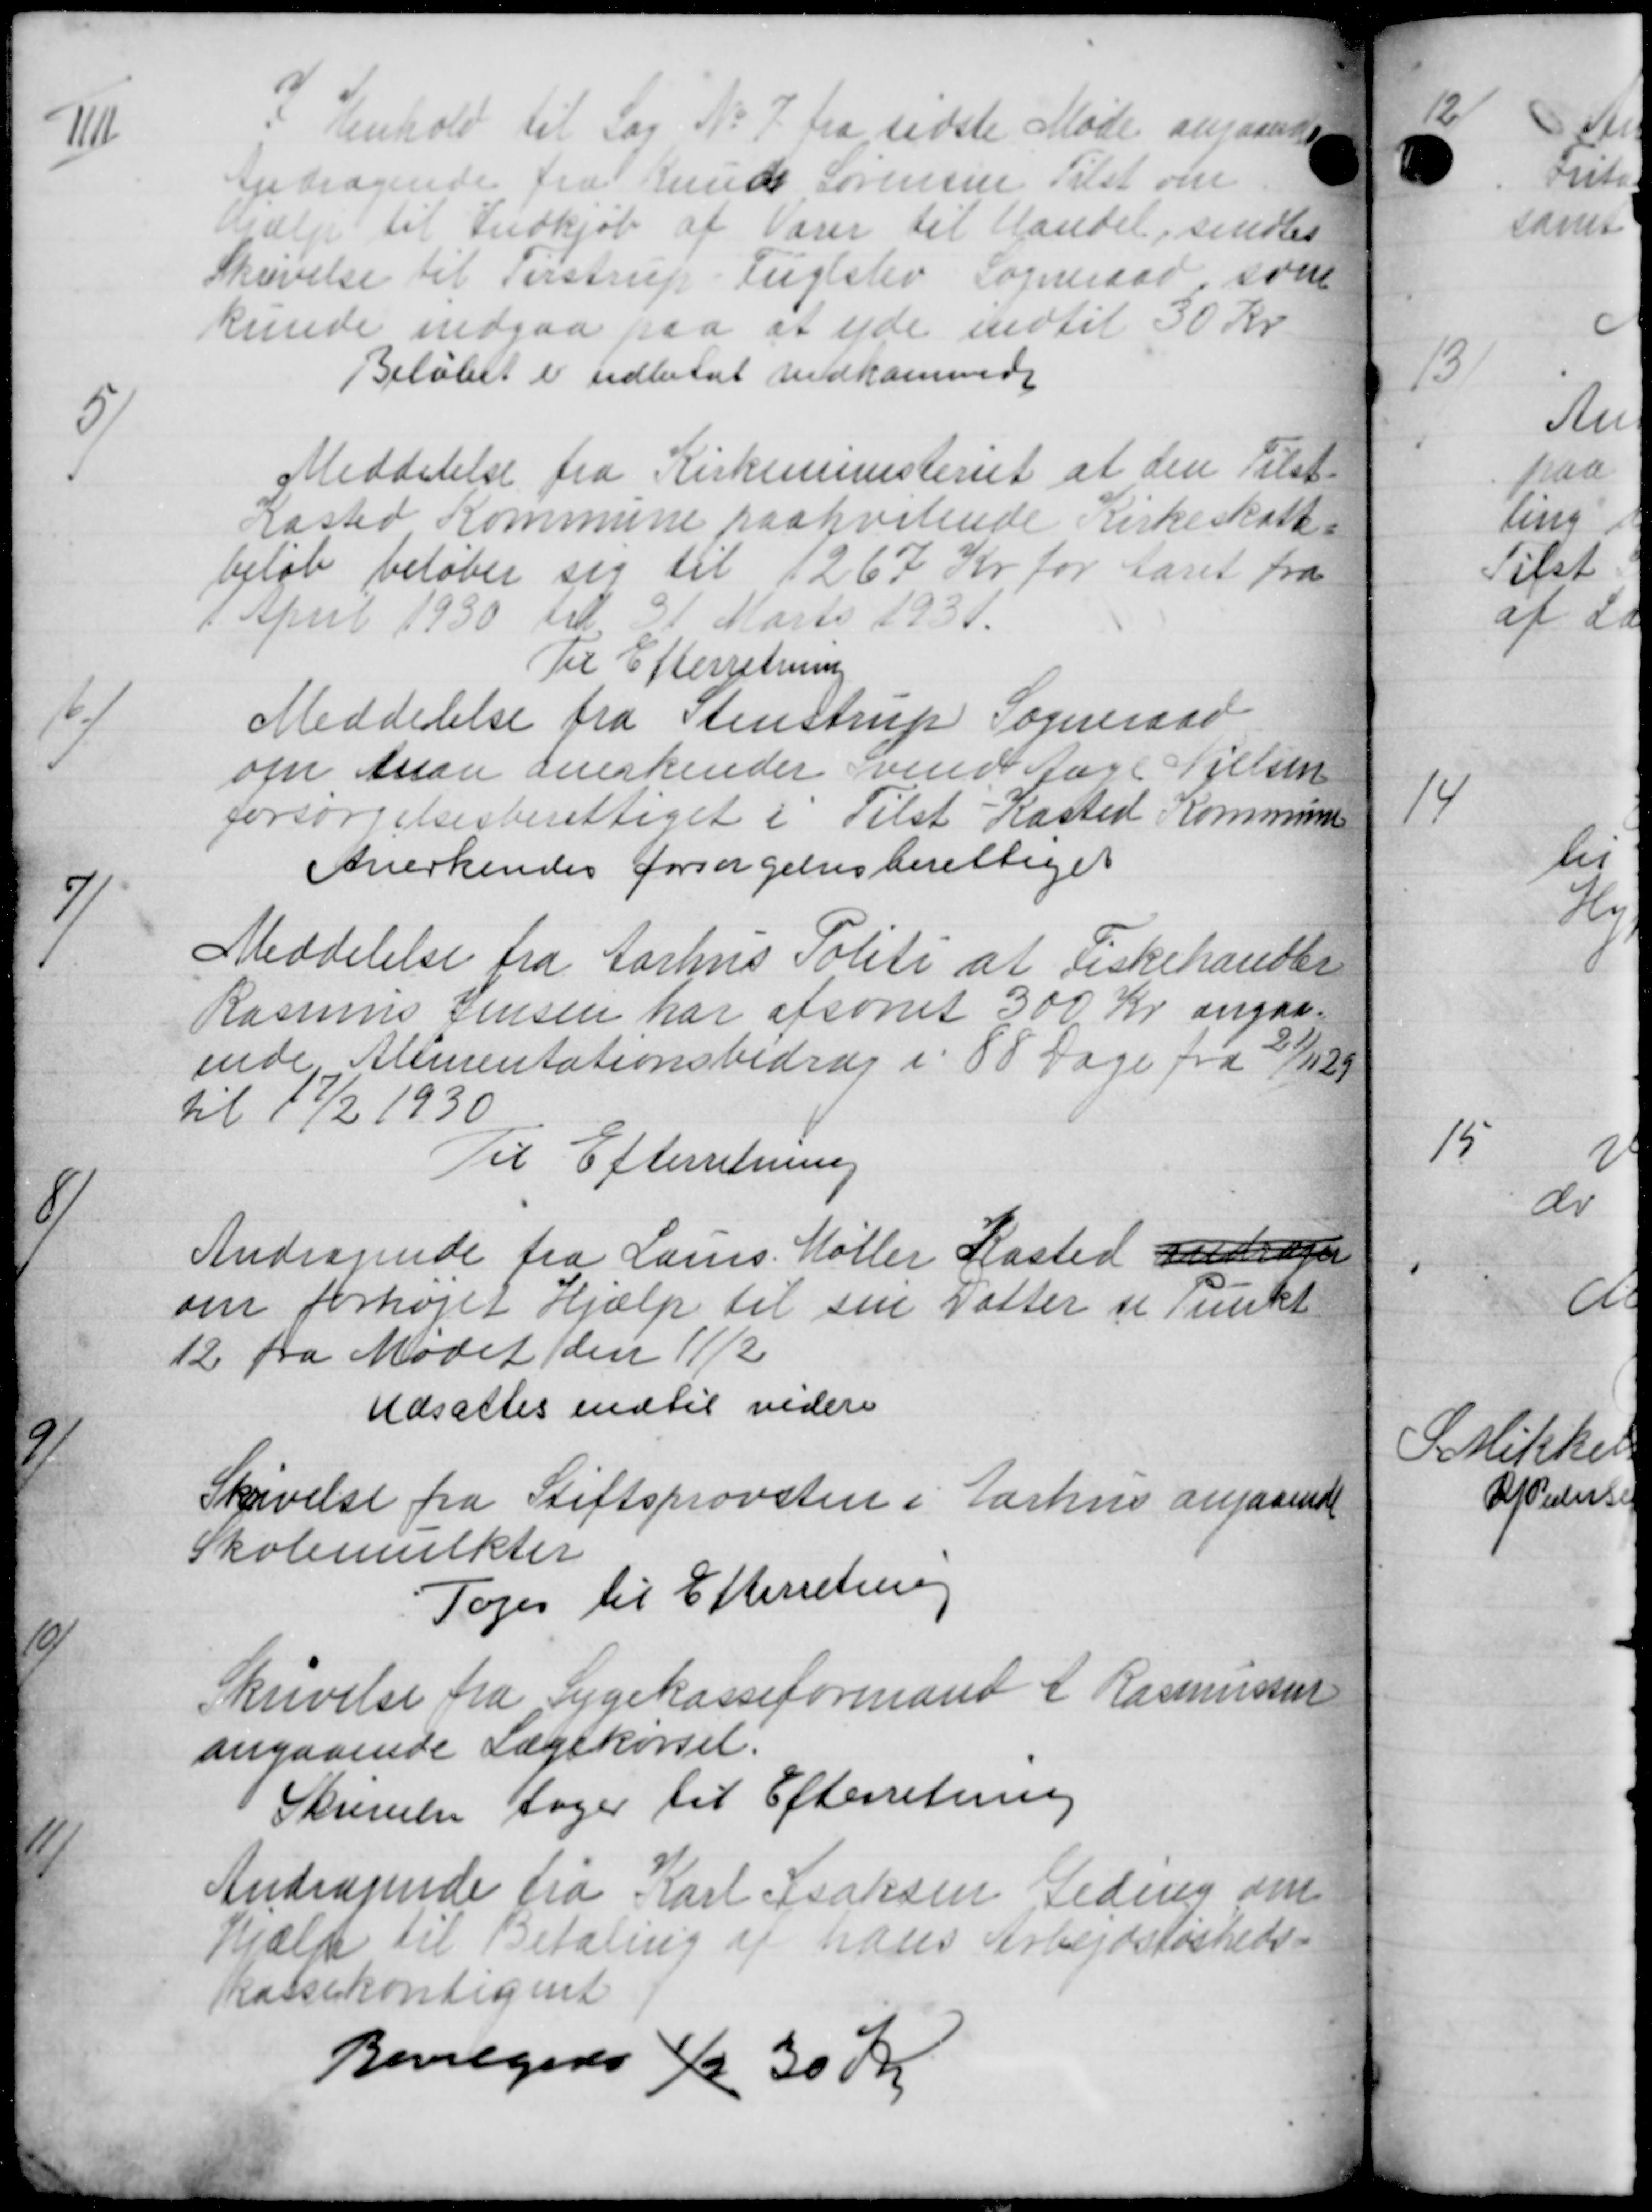
Transskription:
IIII
i Henhold til Sag No 7 fra sidste Møde angaaende
Andragende fra Knuds Sørensen Tilst om
Hjælp til Indkjøb af Varer til Handel, sendtes
Skrivelse til Testrup Fuglslev Sogneraad som
kunde indgaa paa at yde indtil 30 Kr
Beløbet er udbetal indkommede
5
Meddelelse fra Kirkeministeriet at den Tilst
Kasted Kommune paahvilende Kirkeskatte-
beløb beløber sig til 1267 Kr for Aaret fra
1 April 1930 til 31 Marts 1931.
Til Efterretning
6
Meddelelse fra Stenstrup Sogneraad
om Asson anerkender vendt Aage Nielsen
forsørgelsesberettiget i Tilst Kasted Kommunen
Anerkendes forsørgelsesberettiget
7
Meddelelse fra Aarhus Politi at Fiskehandler
Rasmus Jensen har afsonet 300 Kr angaa=
ende Alimentationsbidrag i 88 Dage fra 24/11 29
til 17/2 1930
Til Efterretning
8
Andragende fra Laurs Møller Hasted andrage
om forhøjet Hjælp til sin Datter se Punkt
12 fra Mødet den 11/2
Udsattes indtil videre
9
Skrivelse fra Stiftsprovsten i Aarhus angaaende
Skolemulkter
Toges til Efterretning
10
Skrivelse fra Sygekasseformand A Rasmussen
angaaende Lægekørsel.
Skrivelse tager til Efterretning
Andragende fra Karl Isaksen Leding om
11
Hjælp til Betaling af hans Arbejdsløsheds-
kassekontiget
Bevilgedes Kr 30 Kr.